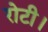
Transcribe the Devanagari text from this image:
रोटी।